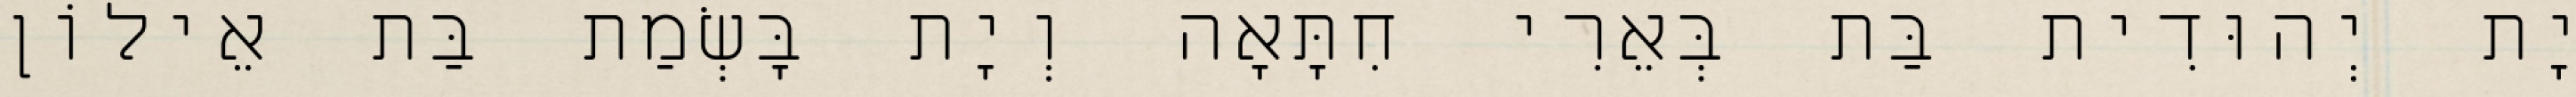
יָת יְהוּדִית בַּת בְּאֵרִי חִתָּאָה וְיָת בָּשְׂמַת בַּת אֵילוֹן